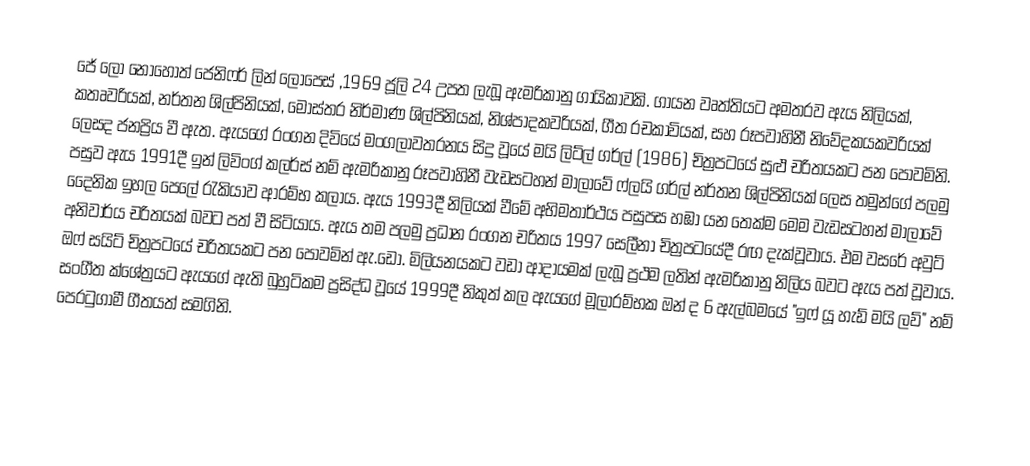
ජේ ලෝ නොහොත් ජෙනිෆර් ලින් ලොපෙස් ,1969 ජූලි 24 උපත ලැබූ ඇමරිකානු ගායිකාවකි. ගායන වෘත්තියට අමතරව ඇය නිලියක්, කතෘවරියක්, නර්තන ශිල්පිනියක්, මෝස්තර නිර්මාණ ශිල්පිනියක්, නිශ්පාදකවරියක්, ගීත රචකාවියක්, සහ රූපවාහිනී නිවේදකයකවරියක් ලෙසද ජනප්‍රිය වී ඇත. ඇයගේ රංගන දිවියේ මංගලාවතරනය සිදු වූයේ මයි ලිට්ල් ගර්ල් (1986) චිත්‍රපටයේ සුළු චරිතයකට පන පොවමිනි. පසුව ඇය 1991දී ඉන් ලිවිංග් කලර්ස් නම් ඇමරිකානු රූපවාහිනී වැඩසටහන් මාලාවේ ෆ්ලයි ගර්ල් නර්තන ශිල්පිනියක් ලෙස තමුන්ගේ පලමු දෛනික ඉහල පෙලේ රැකියාව ආරම්භ කලාය.  ඇය 1993දී නිලියක් වීමේ අභිමතාර්ථය පසුපස හඹා යන තෙක්ම මෙම වැඩසටහන් මාලාවේ අනිවාර්ය චරිතයක් බවට පත් වී සිටියාය. ඇය තම පලමු ප්‍රධාන  රංගන චරිතය 1997 සෙලීනා චිත්‍රපටයේදී රඟ දැක්වූවාය. එම වසරේ අවුට් ඔෆ් සයිට් චිත්‍රපටයේ චරිතයකට පන පොවමින් ඇ.ඩො. මිලියනයකට වඩා ආදායමක් ලැබූ ප්‍රථම ලතින් ඇමරිකානු නිලිය බවට ඇය පත් වූවාය. සංගීත ක්ශේත්‍රයට ඇයගේ ඇති බුහුටිකම ප්‍රසිද්ධ වූයේ 1999දී නිකුත් කල ඇයගේ මූලාරම්භක  ඔන් ද 6 ඇල්බමයේ "ඉෆ් යූ හැඩ් මයි ලව්" නම් පෙරටුගාමී ගීතයත් සමගිනි.